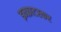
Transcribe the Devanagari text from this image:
इन्फ्राटस्कर